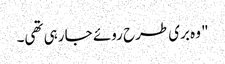
" وہ بری طرح روئے جا رہی تھی۔